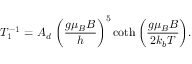
T _ { 1 } ^ { - 1 } = A _ { d } ~ { \bigg ( \frac { g \mu _ { B } B } { h } \bigg ) } ^ { 5 } \coth \bigg ( \frac { g \mu _ { B } B } { 2 k _ { b } T } \bigg ) .